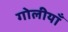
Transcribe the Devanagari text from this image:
गोलीयाँ